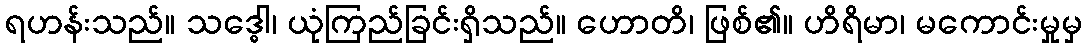
ရဟန်းသည်။ သဒ္ဓေါ၊ ယုံကြည်ခြင်းရှိသည်။ ဟောတိ၊ ဖြစ်၏။ ဟိရိမာ၊ မကောင်းမှုမှ